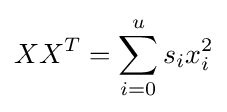
XX^{T}=\sum _{i=0}^{u}s_{i}x_{i}^{2}